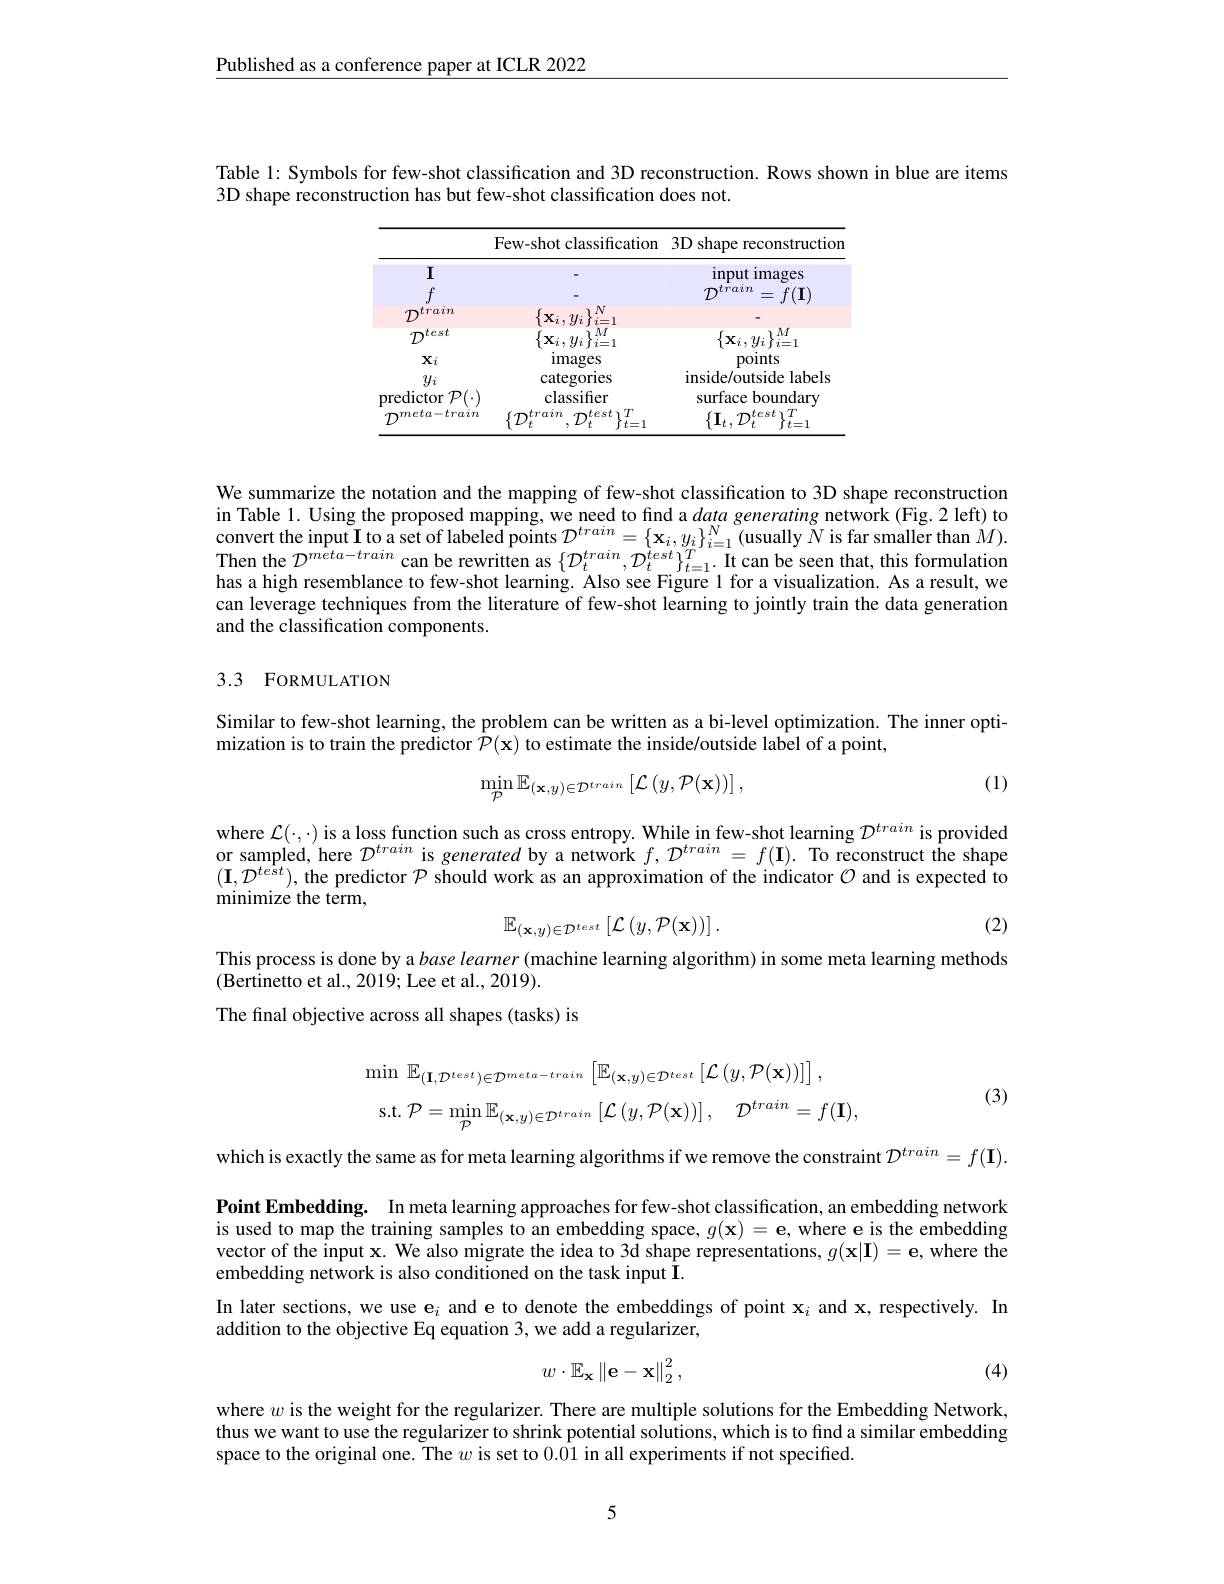
Published as a conference paper at ICLR 2022

Table 1: Symbols for few-shot classification and 3D reconstruction. Rows shown in blue are items

3D shape reconstruction has but few-shot classification does not.

<FigureHere>

We summarize the notation and the mapping of few-shot classification to 3D shape reconstruction in Table 1. Using the proposed mapping, we need to find a data generating network (Fig.2 left) to convert the input I to a set of labeled points $\mathcal{D}^{train}=\{\mathbf{x}_i,y_i\}_{i=1}^N$ (usually $N$ is far smaller than $M).$ $\begin{array}{l}{\mathrm{Then~the~}D^{meta-train}}&{\text{can be rewritten as }\{D_{t}^{train},D_{t}^{test}\}_{t=1}^{T}.}&{\mathrm{It~can~be~seen~that,~this~formulation}}\\{\mathrm{has~a~high~resemblance~to~few-shot~learning.~Also~see~Figure~l~for~a~visualization.~As~a~result,~we}\end{array}}\\{\mathrm{has~a~hi$ can leverage techniques from the literature of few-shot learning to jointly train the data generation and the classification components.

## 3.3 FORMULATION

Similar to few-shot learning, the problem can be written as a bi-level optimization. The inner opti-
mization is to train the predictor $\hat{\mathcal{P}}(\mathbf{x})$ to estimate the inside/outside label of a point,
$$\operatorname*{min}_{\mathcal{P}}\mathbb{E}_{(\mathbf{x},y)\in\mathcal{D}^{train}}\left[\mathcal{L}\left(y,\mathcal{P}(\mathbf{x})\right)\right],$$
(1)

where $\mathcal{L}(\cdot,\cdot)$ is a loss function such as cross entropy. While in few-shot learning $D^{train}$ is provided or sampled, here $D^train$ is generated by a network $f,D^train=f(\mathbf{I}).$ To reconstruct the shape (I$,\mathcal{D}^test)$, the predictor $\mathcal{P}$ should work as an approximation of the indicator $\mathcal{O}$ and is expected to minimize the term,
$$\mathbb{E}_{(\mathbf{x},y)\in\mathcal{D}^{test}}\left[\mathcal{L}\left(y,\mathcal{P}(\mathbf{x})\right)\right].$$
(2)

This process is done by a base learner (machine learning algorithm) in some meta learning methods
(Bertinetto et al., 2019; Lee et al., 2019).
The final objective across all shapes (tasks) is
$$\operatorname*{min}\:\mathbb{E}_{(\mathbf{I},\mathcal{D}^{test})\in\mathcal{D}^{meta-train}}\left[\mathbb{E}_{(\mathbf{x},y)\in\mathcal{D}^{test}}\left[\mathcal{L}\left(y,\mathcal{P}(\mathbf{x})\right)\right]\right],\\\mathrm{s.t.}\:\mathcal{P}=\operatorname*{min}_{\mathcal{P}}\mathbb{E}_{(\mathbf{x},y)\in\mathcal{D}^{train}}\left[\mathcal{L}\left(y,\mathcal{P}(\mathbf{x})\right)\right],\quad\mathcal{D}^{train}=f(\mathbf{I}),$$
(3)

which is exactly the same as for meta learning algorithms if we remove the constraint $\mathcal{D}^{train}=f(\mathbf{I}).$

Point Embedding. In meta learning approaches for few-shot classification, an embedding network is used to map the training samples to an embedding space, $g(\mathbf{x})=\mathbf{e}$, where e is the embedding vector of the input x. We also migrate the idea to 3d shape representations, $g(\mathbf{x}|\mathbf{I})=\mathbf{e}$, where the embedding network is also conditioned on the task input I.
In later sections, we use e$_i$ and e to denote the embeddings of point $\mathbf{x}_i$ and x, respectively. In
addition to the objective Eq equation 3, we add a regularizer,
$$w\cdot\mathbb{E}_\mathbf{x}\left\|\mathbf{e}-\mathbf{x}\right\|_2^2,$$
(4)

where $w$ is the weight for the regularizer. There are multiple solutions for the Embedding Network, thus we want to use the regularizer to shrink potential solutions, which is to find a similar embedding space to the original one. The $w$ is set to 0.01 in all experiments if not speciffed.

5